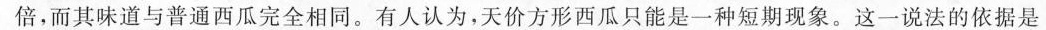
倍，而其味道与普通西瓜完全相同。有人认为，天价方形西瓜只能是一种短期现象。这一说法的依据是